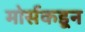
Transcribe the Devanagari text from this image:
मोर्सकडून